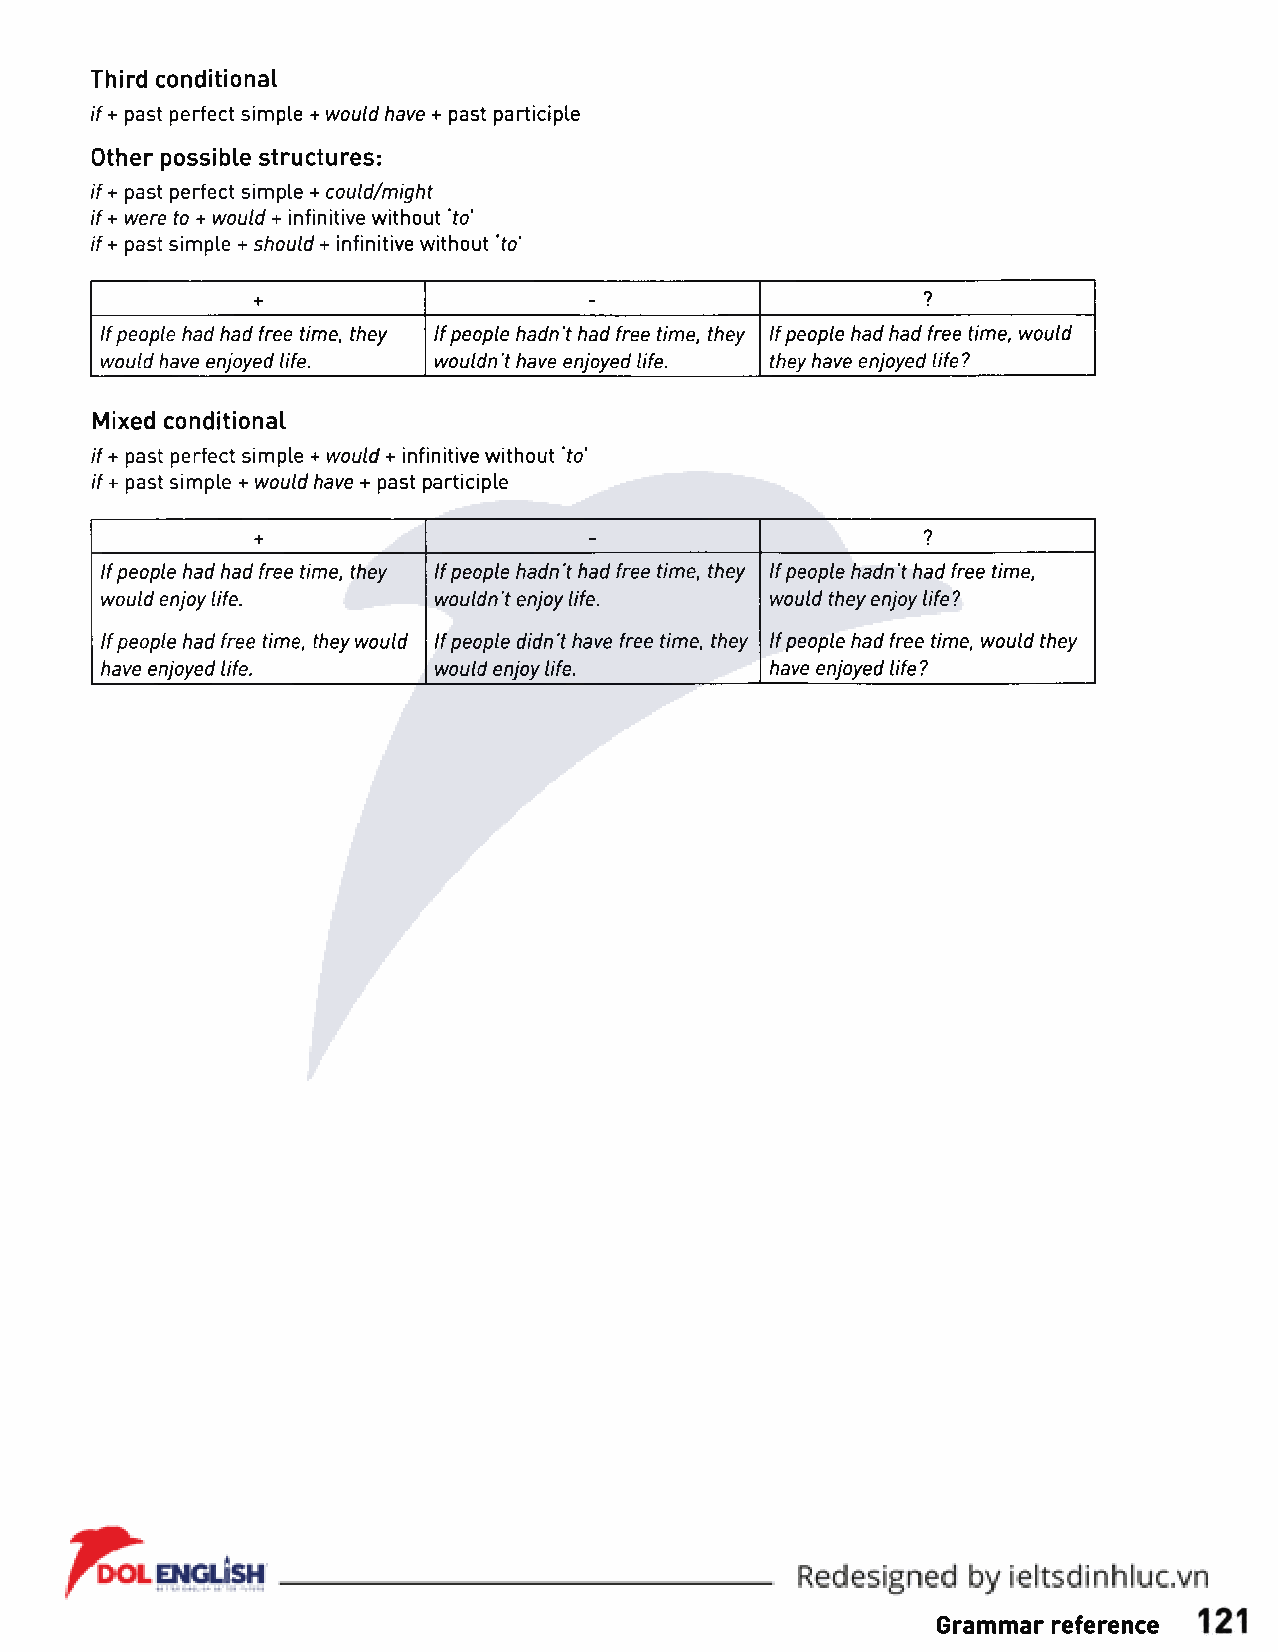
Third conditional
 if + past perfect simple + would have + past participle
 Other possible structures:
 if+ past perfect simple + could/might
 if + were to + would + infinitive without 'to'
 if + past simple + should + infinitive without 'to'
 +                                           ?
 -
 If people had had free time, they If people hadn ’t had free time, they If people had had free time, would
 would have enjoyed life. wouldn't have enjoyed life. they have enjoyed life?
 Mixed conditional
 if+ past perfect simple + would + infinitive without 'to'
 if+ past simple + would have + past participle
 +                                           ?
 -
 If people had had free time, they If people hadn't had free time, they If people hadn't had free time,
 would enjoy life.     wouldn't enjoy life.  would they enjoy life?
 If people had free time, they would If people didn't have free time, they If people had free time, would they
 have enjoyed life.    would enjoy life.     have enjoyed life?
 Grammar reference